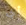
أي